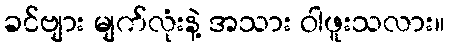
ခင်ဗျား မျက်လုံးနဲ့ အသား ဝါဖူးသလား။